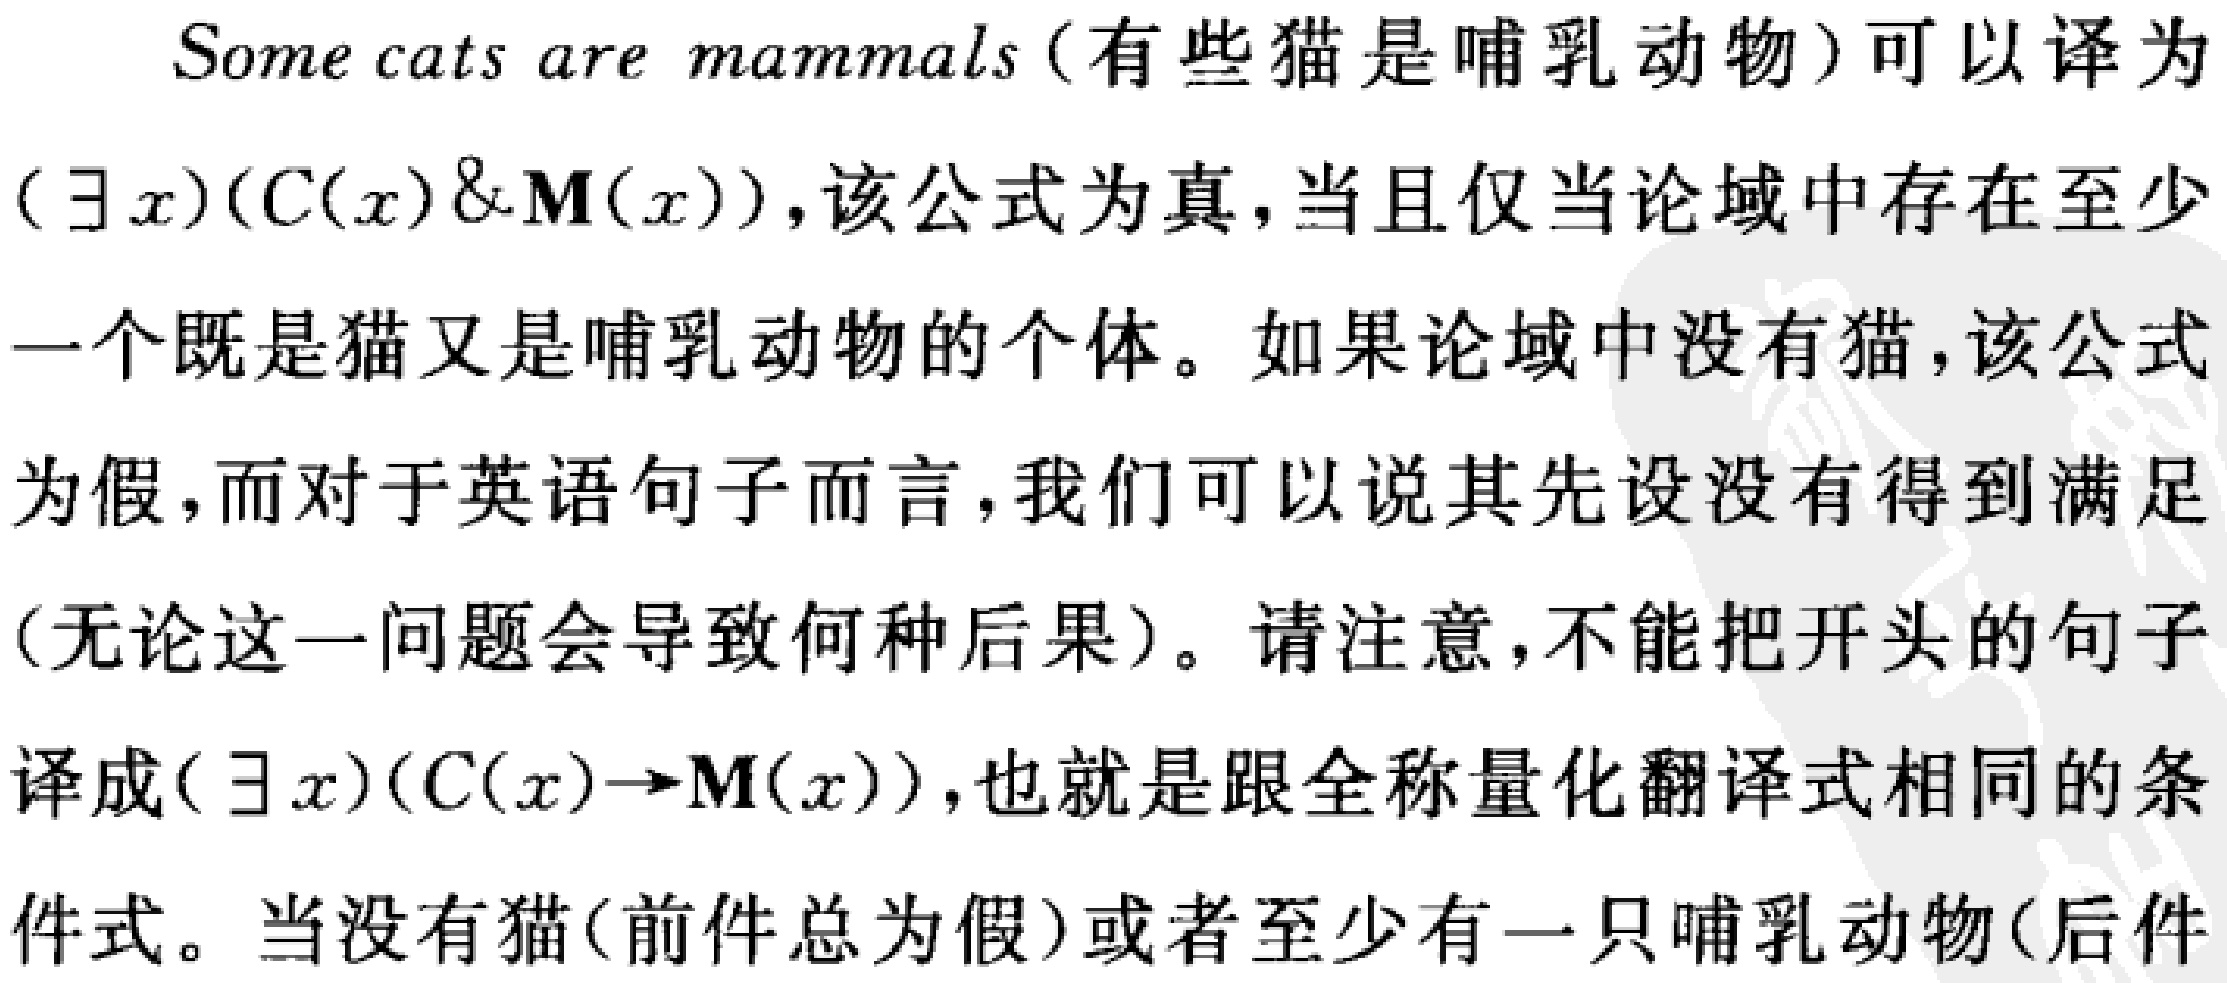
Some cats are mammals (有些猫是哺乳动物)可以译为
$(\exists x)(C(x)\&M(x))$,该公式为真,当且仅当论域中存在至少
一个既是猫又是哺乳动物的个体。如果论域中没有猫,该公式
为假,而对于英语句子而言,我们可以说其先设没有得到满足
(无论这一问题会导致何种后果)。请注意,不能把开头的句子
译成$(\exists x)(C(x)\to M(x))$,也就是跟全称量化翻译式相同的条
件式。当没有猫(前件总为假)或者至少有一只哺乳动物(后件